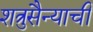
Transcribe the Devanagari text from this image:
शत्रुसैन्याची